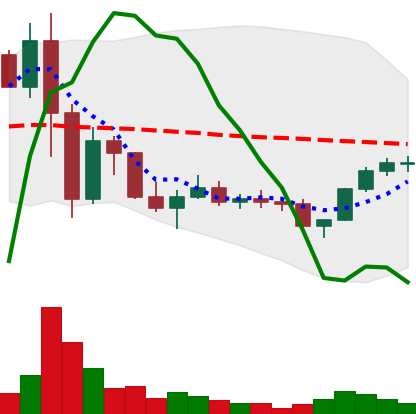
Ticker: LINK-USD
Chart end date: 2022-11-25
Forward return: 12.247%
Label: up_7plus